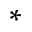
^ { \ast }